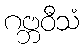
ဂဗ္ဘဝီသံ